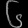
Digit: ၆